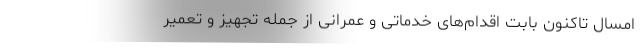
امسال تاکنون بابت اقدام‌های خدماتی و عمرانی از جمله تجهیز و تعمیر